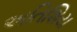
અતિશિય